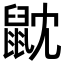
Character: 𪔽